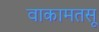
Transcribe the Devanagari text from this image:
वाकामतसू